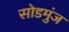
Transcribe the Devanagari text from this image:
सोडमुंज